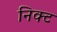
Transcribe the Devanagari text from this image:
निक्ट